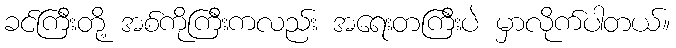
ခင်ကြီးတို့ အစ်ကိုကြီးကလည်း အရေးတကြီးပဲ မှာလိုက်ပါတယ်။